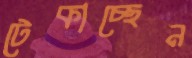
টেকাচ্ছেন